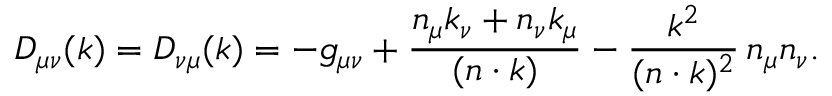
D _ { \mu \nu } ( k ) = D _ { \nu \mu } ( k ) = - g _ { \mu \nu } + \frac { n _ { \mu } k _ { \nu } + n _ { \nu } k _ { \mu } } { ( n \cdot k ) } - \frac { k ^ { 2 } } { ( n \cdot k ) ^ { 2 } } \, n _ { \mu } n _ { \nu } .